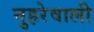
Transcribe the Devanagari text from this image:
मुहरेवाली